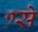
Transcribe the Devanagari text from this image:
१से